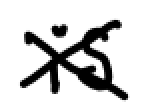
Text: is
Cross-out: cross
Writing tool: digital_black